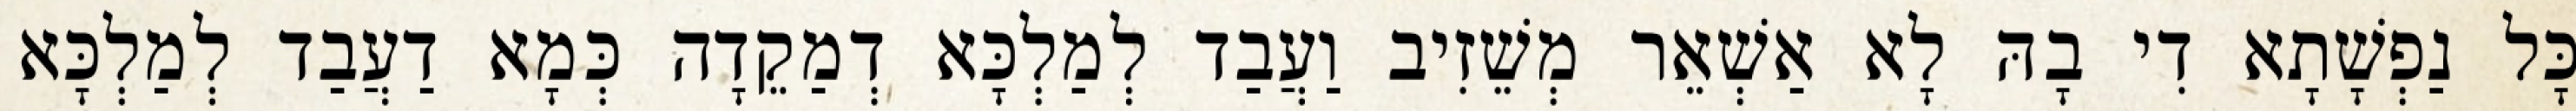
כָּל נַפְשָׁתָא דִי בָהּ לָא אַשְׁאֵר מְשֵׁזִיב וַעֲבַד לְמַלְכָּא דְמַקֵדָה כְּמָא דַעֲבַד לְמַלְכָּא